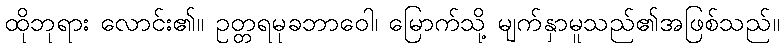
ထိုဘုရား လောင်း၏။ ဥတ္တရမုခဘာဝေါ၊ မြောက်သို့ မျက်နှာမူသည်၏အဖြစ်သည်။